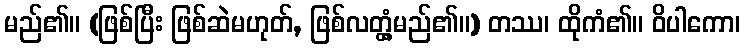
မည်၏။ (ဖြစ်ပြီး ဖြစ်ဆဲမဟုတ်, ဖြစ်လတ္တံ့မည်၏။) တဿ၊ ထိုကံ၏။ ဝိပါကော၊